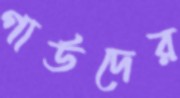
গার্ডদের